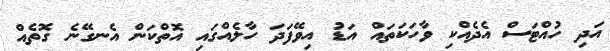
އަދި ހުއްޓަސް އެދެއްކި ވާހަކަތައް އަޑު އިވޭފަދަ ހާލެއްގައި އޮތްކަން އެނގޭނެ ގޮތެއް